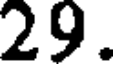
29.